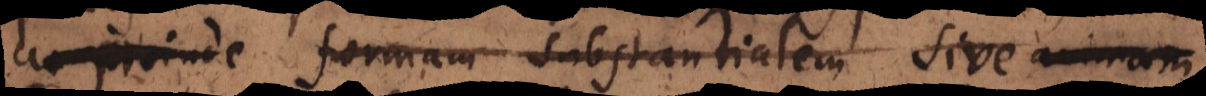
ac proinde formam substantialem sive animam